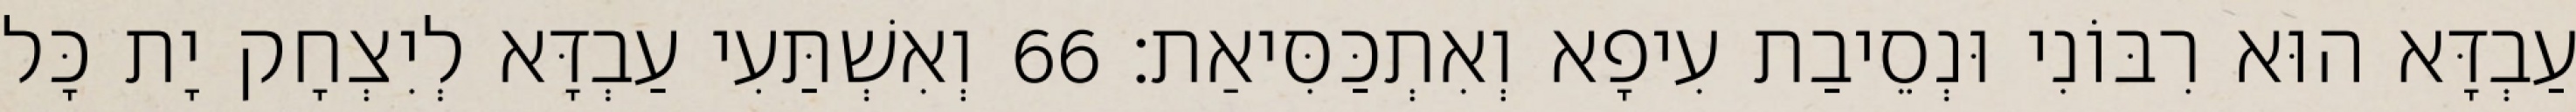
עַבְדָּא הוּא רִבּוֹנִי וּנְסֵיבַת עִיפָא וְאִתְכַּסִּיאַת׃ 66 וְאִשְׁתַּעִי עַבְדָּא לְיִצְחָק יָת כָּל